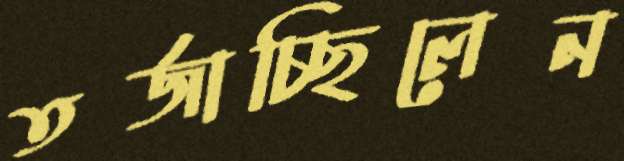
তর্জাচ্ছিলেন